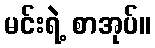
မင်းရဲ့ စာအုပ်။